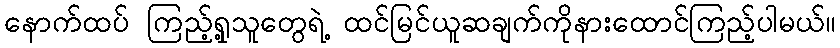
နောက်ထပ် ကြည့်ရှု့သူတွေရဲ့ ထင်မြင်ယူဆချက်ကိုနားထောင်ကြည့်ပါမယ်။